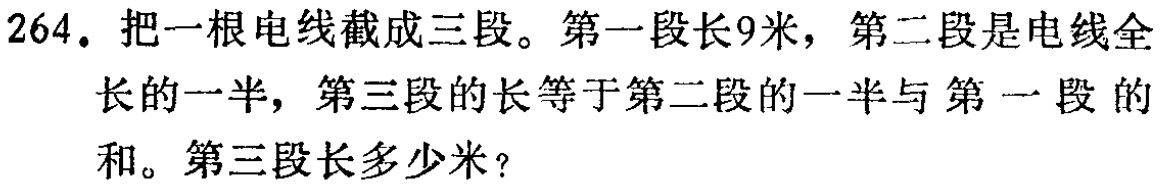
264. 把一根电线截成三段。第一段长9米，第二段是电线全长的一半，第三段的长等于第二段的一半与第一段的和。第三段长多少米？